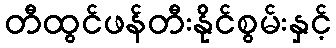
တီထွင်ဖန်တီးနိုင်စွမ်းနှင့်